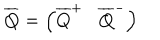
\overline { { { Q } } } = \left( \overline { { { Q } } } ^ { + } \overline { { { Q } } } ^ { - } \right)